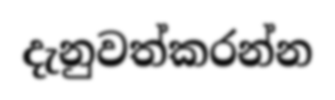
දැනුවත්කරන්න